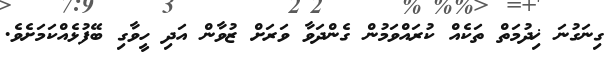
ގިނަގުނަ ޚިދުމަތް ތަކެއް ކުރައްވަމުން ގެންދަވާ ވަރަށް ޒުވާން އަދި ހީވާގި ބޭފުޅެއްކަމަށެވެ.